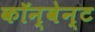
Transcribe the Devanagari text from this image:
कॉन्वेन्ट